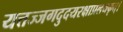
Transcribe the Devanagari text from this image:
यत्तज्जगदुदयरक्षाप्रलयकृत्।